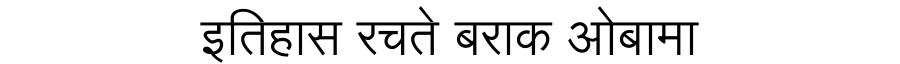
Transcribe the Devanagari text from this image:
इतिहास रचते बराक ओबामा